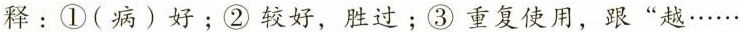
释：①(病)好；②较好，胜过；③重复使用，跟”越……